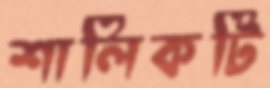
শালিকটি